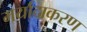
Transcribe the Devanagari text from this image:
मर्यादाकरण